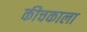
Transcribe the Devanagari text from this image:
कीचकाला